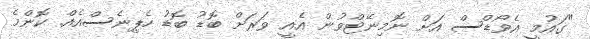
"ގައުމީ އެވޯޑްސް އަށް ނޮމިނޭޓްވުން އެއީ ވަރަށް ބޮޑު ބޮޑު ހެޕިނެސްއެއް. ކޮންމެ